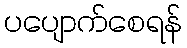
ပပျောက်စေရန်